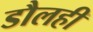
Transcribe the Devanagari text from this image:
डौलही